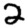
Digit: 2